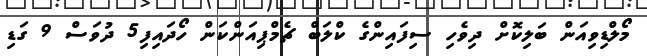
މޯލްޑިވިއަން ބަލިކޮށް ދިވެހި ސިފައިންގެ ކްލަބް ޗެމްޕިއަންކަން ހޯދައިފި5 ދުވަސް 9 ގަޑި